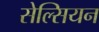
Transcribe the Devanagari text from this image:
सेल्सियन